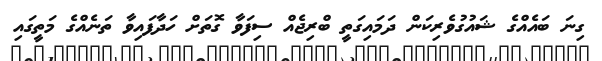
ގިނަ ބައެއްގެ ޝައުގުވެރިކަން ދަމައިގަތީ ބްރިޖެއް ސިފަވާ ގޮތަށް ހަދާފައިވާ ތަނެއްގެ މަތީގައި